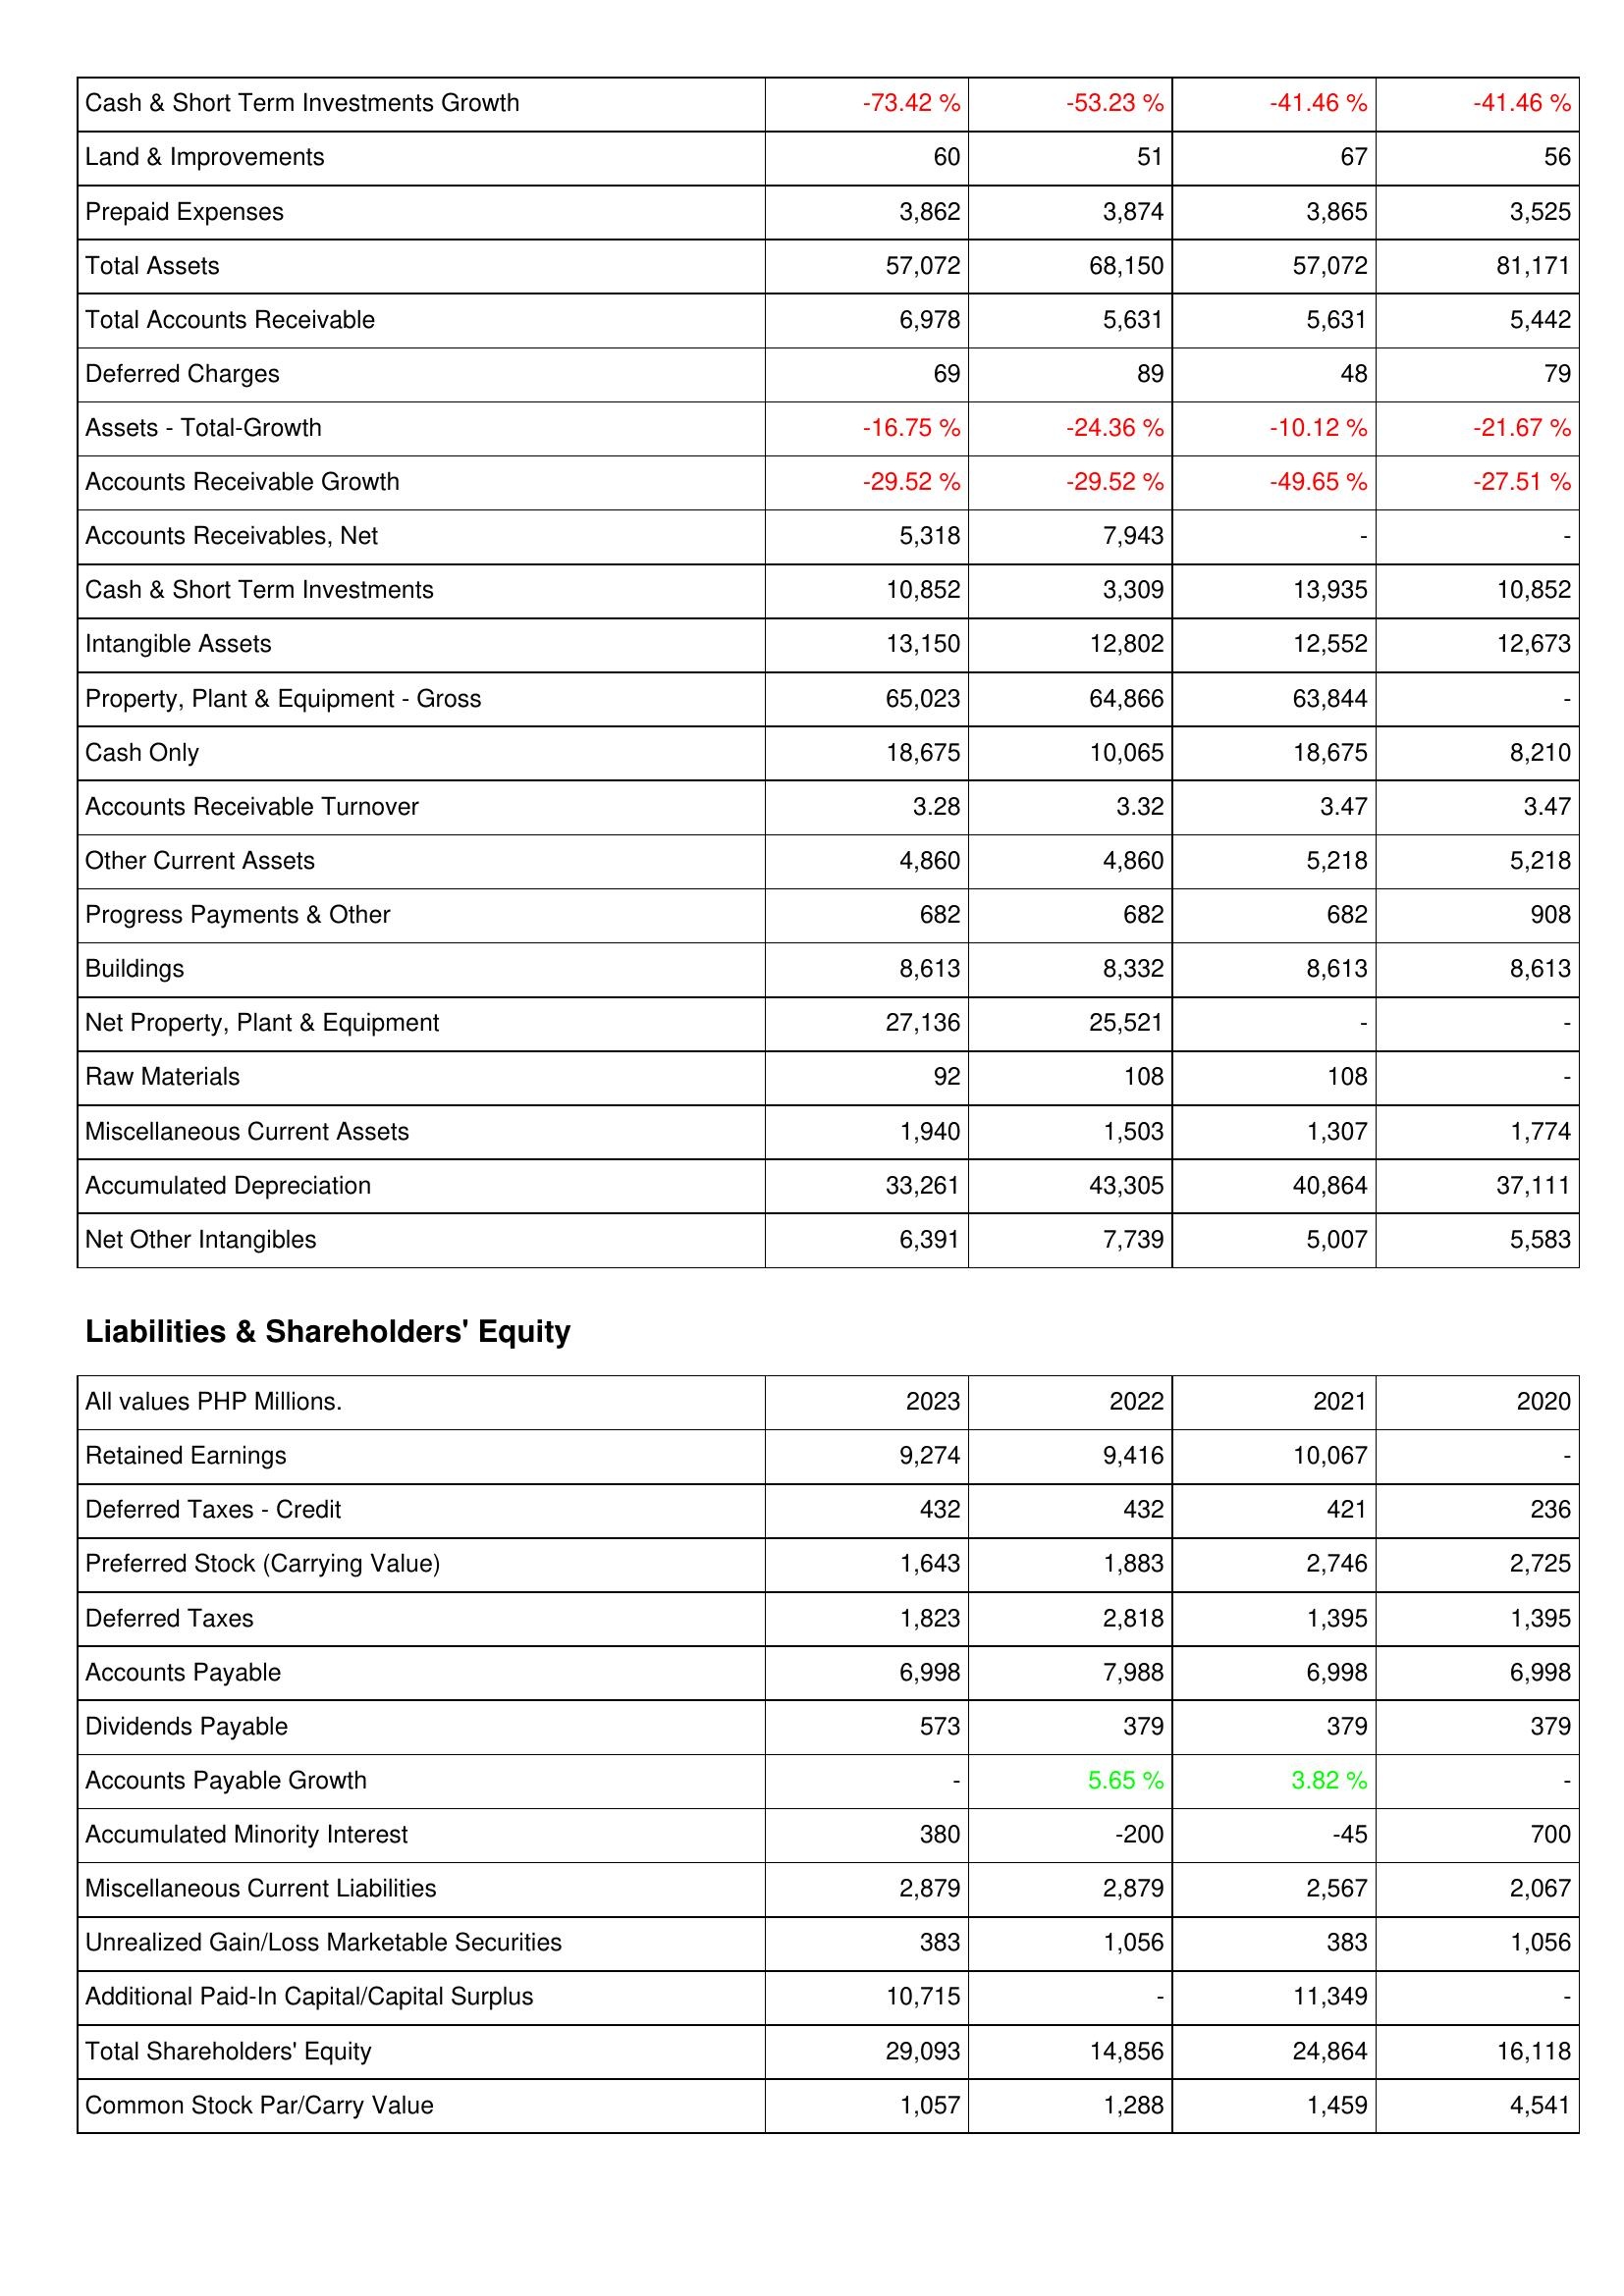
2023: Assets: Cash & Short Term Investments Growth: -73.42 %
Land & Improvements: 60
Prepaid Expenses: 3,862
Total Assets: 57,072
Total Accounts Receivable: 6,978
Deferred Charges: 69
Assets - Total-Growth: -16.75 %
Accounts Receivable Growth: -29.52 %
Accounts Receivables, Net: 5,318
Cash & Short Term Investments: 10,852
Intangible Assets: 13,150
Property, Plant & Equipment - Gross: 65,023
Cash Only: 18,675
Accounts Receivable Turnover: 3.28
Other Current Assets: 4,860
Progress Payments & Other: 682
Buildings: 8,613
Net Property, Plant & Equipment: 27,136
Raw Materials: 92
Miscellaneous Current Assets: 1,940
Accumulated Depreciation: 33,261
Net Other Intangibles: 6,391
Liabilities & Shareholders' Equity: Retained Earnings: 9,274
Deferred Taxes - Credit: 432
Preferred Stock (Carrying Value): 1,643
Deferred Taxes: 1,823
Accounts Payable: 6,998
Dividends Payable: 573
Accounts Payable Growth: -
Accumulated Minority Interest: 380
Miscellaneous Current Liabilities: 2,879
Unrealized Gain/Loss Marketable Securities: 383
Additional Paid-In Capital/Capital Surplus: 10,715
Total Shareholders' Equity: 29,093
Common Stock Par/Carry Value: 1,057
2022: Assets: Cash & Short Term Investments Growth: -53.23 %
Land & Improvements: 51
Prepaid Expenses: 3,874
Total Assets: 68,150
Total Accounts Receivable: 5,631
Deferred Charges: 89
Assets - Total-Growth: -24.36 %
Accounts Receivable Growth: -29.52 %
Accounts Receivables, Net: 7,943
Cash & Short Term Investments: 3,309
Intangible Assets: 12,802
Property, Plant & Equipment - Gross: 64,866
Cash Only: 10,065
Accounts Receivable Turnover: 3.32
Other Current Assets: 4,860
Progress Payments & Other: 682
Buildings: 8,332
Net Property, Plant & Equipment: 25,521
Raw Materials: 108
Miscellaneous Current Assets: 1,503
Accumulated Depreciation: 43,305
Net Other Intangibles: 7,739
Liabilities & Shareholders' Equity: Retained Earnings: 9,416
Deferred Taxes - Credit: 432
Preferred Stock (Carrying Value): 1,883
Deferred Taxes: 2,818
Accounts Payable: 7,988
Dividends Payable: 379
Accounts Payable Growth: 5.65 %
Accumulated Minority Interest: -200
Miscellaneous Current Liabilities: 2,879
Unrealized Gain/Loss Marketable Securities: 1,056
Additional Paid-In Capital/Capital Surplus: -
Total Shareholders' Equity: 14,856
Common Stock Par/Carry Value: 1,288
2021: Assets: Cash & Short Term Investments Growth: -41.46 %
Land & Improvements: 67
Prepaid Expenses: 3,865
Total Assets: 57,072
Total Accounts Receivable: 5,631
Deferred Charges: 48
Assets - Total-Growth: -10.12 %
Accounts Receivable Growth: -49.65 %
Accounts Receivables, Net: -
Cash & Short Term Investments: 13,935
Intangible Assets: 12,552
Property, Plant & Equipment - Gross: 63,844
Cash Only: 18,675
Accounts Receivable Turnover: 3.47
Other Current Assets: 5,218
Progress Payments & Other: 682
Buildings: 8,613
Net Property, Plant & Equipment: -
Raw Materials: 108
Miscellaneous Current Assets: 1,307
Accumulated Depreciation: 40,864
Net Other Intangibles: 5,007
Liabilities & Shareholders' Equity: Retained Earnings: 10,067
Deferred Taxes - Credit: 421
Preferred Stock (Carrying Value): 2,746
Deferred Taxes: 1,395
Accounts Payable: 6,998
Dividends Payable: 379
Accounts Payable Growth: 3.82 %
Accumulated Minority Interest: -45
Miscellaneous Current Liabilities: 2,567
Unrealized Gain/Loss Marketable Securities: 383
Additional Paid-In Capital/Capital Surplus: 11,349
Total Shareholders' Equity: 24,864
Common Stock Par/Carry Value: 1,459
2020: Assets: Cash & Short Term Investments Growth: -41.46 %
Land & Improvements: 56
Prepaid Expenses: 3,525
Total Assets: 81,171
Total Accounts Receivable: 5,442
Deferred Charges: 79
Assets - Total-Growth: -21.67 %
Accounts Receivable Growth: -27.51 %
Accounts Receivables, Net: -
Cash & Short Term Investments: 10,852
Intangible Assets: 12,673
Property, Plant & Equipment - Gross: -
Cash Only: 8,210
Accounts Receivable Turnover: 3.47
Other Current Assets: 5,218
Progress Payments & Other: 908
Buildings: 8,613
Net Property, Plant & Equipment: -
Raw Materials: -
Miscellaneous Current Assets: 1,774
Accumulated Depreciation: 37,111
Net Other Intangibles: 5,583
Liabilities & Shareholders' Equity: Retained Earnings: -
Deferred Taxes - Credit: 236
Preferred Stock (Carrying Value): 2,725
Deferred Taxes: 1,395
Accounts Payable: 6,998
Dividends Payable: 379
Accounts Payable Growth: -
Accumulated Minority Interest: 700
Miscellaneous Current Liabilities: 2,067
Unrealized Gain/Loss Marketable Securities: 1,056
Additional Paid-In Capital/Capital Surplus: -
Total Shareholders' Equity: 16,118
Common Stock Par/Carry Value: 4,541